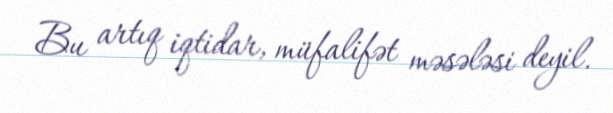
Bu artıq iqtidar, müfalifət məsələsi deyil.